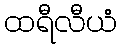
ထရီလီယံ